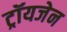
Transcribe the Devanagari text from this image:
ट्रॉयजेन